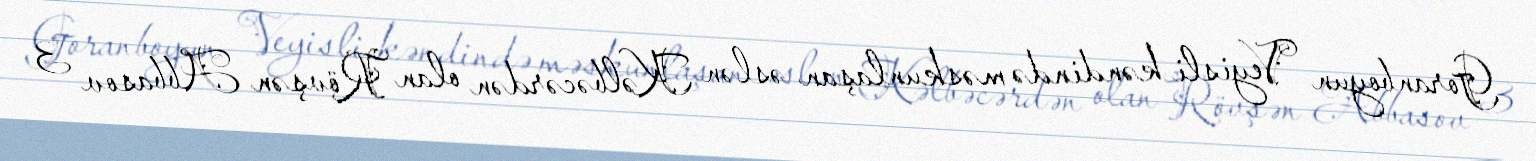
Goranboyun Veyisli kəndində məskunlaşan əslən Kəlbəcərdən olan Rövşən Abbasov 3